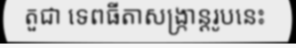
តួជា ទេពធីតាសង្ក្រាន្តរូបនេះ